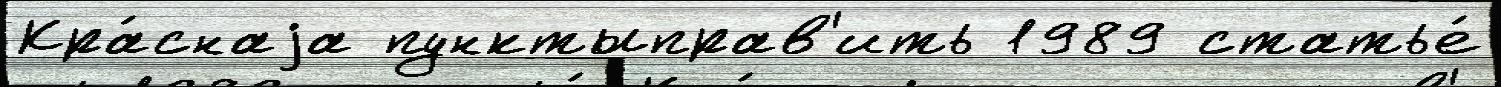
Кра́снаjа пунктыправ'ить 1989 статье́